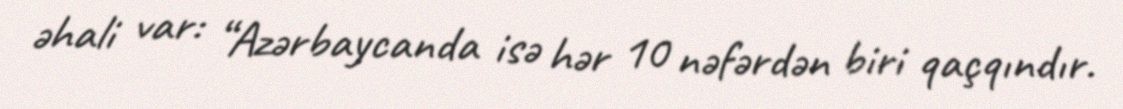
əhali var: “Azərbaycanda isə hər 10 nəfərdən biri qaçqındır.